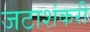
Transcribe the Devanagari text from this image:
जटाशंकरी